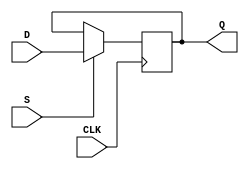
module dff_set (
  input wire D,
  input wire CLK,
  input wire S,
  output reg Q
);

always @(posedge CLK) begin
  if (S) begin
    Q <= D;
  end
end

endmodule